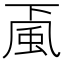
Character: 颪